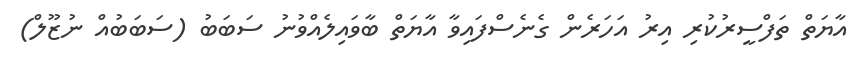
އާޔަތް ތަފްސީރުކުރި އިރު އަހަރެން ގެނެސްފައިވާ އާޔަތް ބާވައިލެއްވުނު ސަބަބު (ސަބަބުއް ނުޒޫލް)